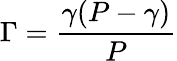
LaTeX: \Gamma=\frac{\gamma(P-\gamma)}{P}